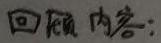
回顾内容：